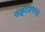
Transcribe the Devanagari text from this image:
सहृदयगम्य